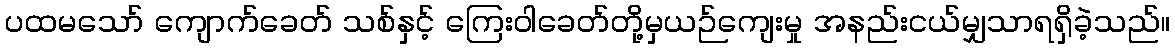
ပထမသော် ကျောက်ခေတ် သစ်နှင့် ကြေးဝါခေတ်တို့မှယဉ်ကျေးမှု အနည်းငယ်မျှသာရရှိခဲ့သည်။